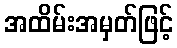
အထိမ်းအမှတ်ဖြင့်